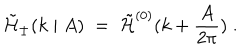
LaTeX: { \tilde { \cal H } } _ { \pm } ( k \mid A ) \; = \; { \tilde { \cal H } } ^ { ( 0 ) } ( k + \frac { A } { 2 \pi } ) \; .